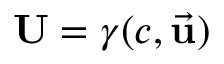
\mathbf { U } = \gamma ( c , { \vec { \mathbf { u } } } )